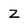
Character: Z